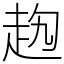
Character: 𧺤